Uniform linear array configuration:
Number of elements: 8
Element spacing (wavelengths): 1
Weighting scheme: exponential
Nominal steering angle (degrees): -45
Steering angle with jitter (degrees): -43.607
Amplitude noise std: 0.05
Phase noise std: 0.05

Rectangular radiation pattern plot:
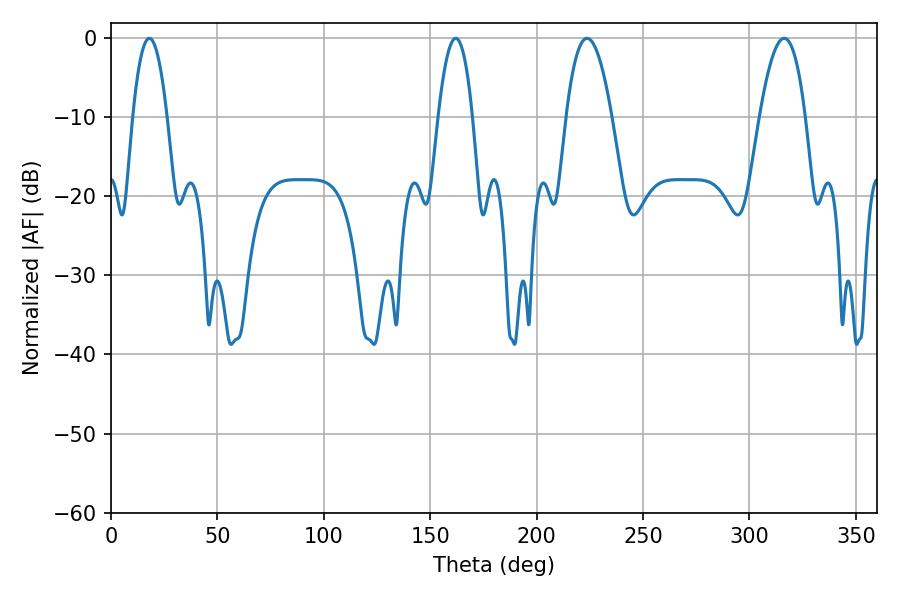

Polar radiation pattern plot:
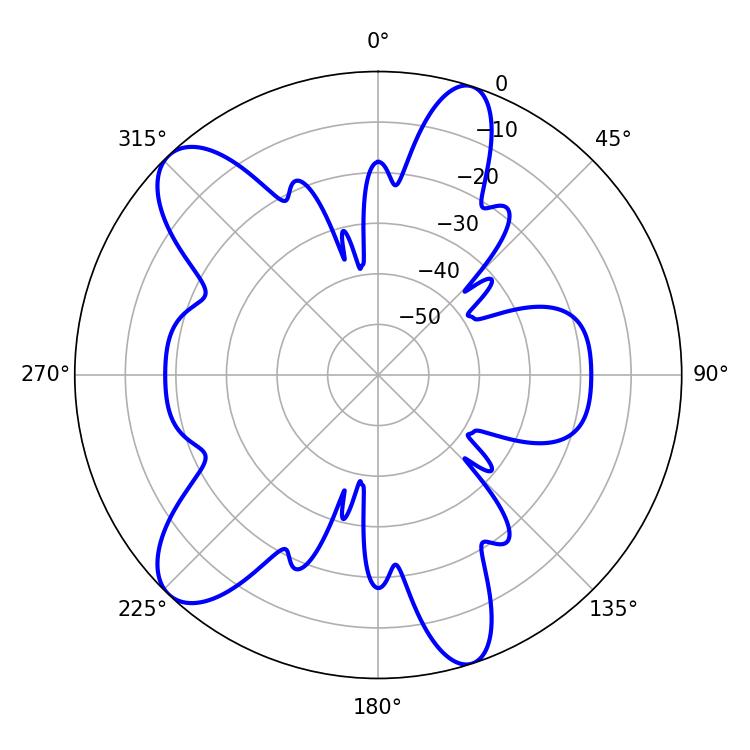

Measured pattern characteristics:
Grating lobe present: TRUE
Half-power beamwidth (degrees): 8.82
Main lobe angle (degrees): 18